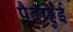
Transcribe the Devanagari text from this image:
पैदाहुई